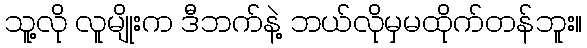
သူ့လို လူမျိုးက ဒီဘက်နဲ့ ဘယ်လိုမှမထိုက်တန်ဘူး။